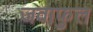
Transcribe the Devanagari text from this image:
जवाफुल